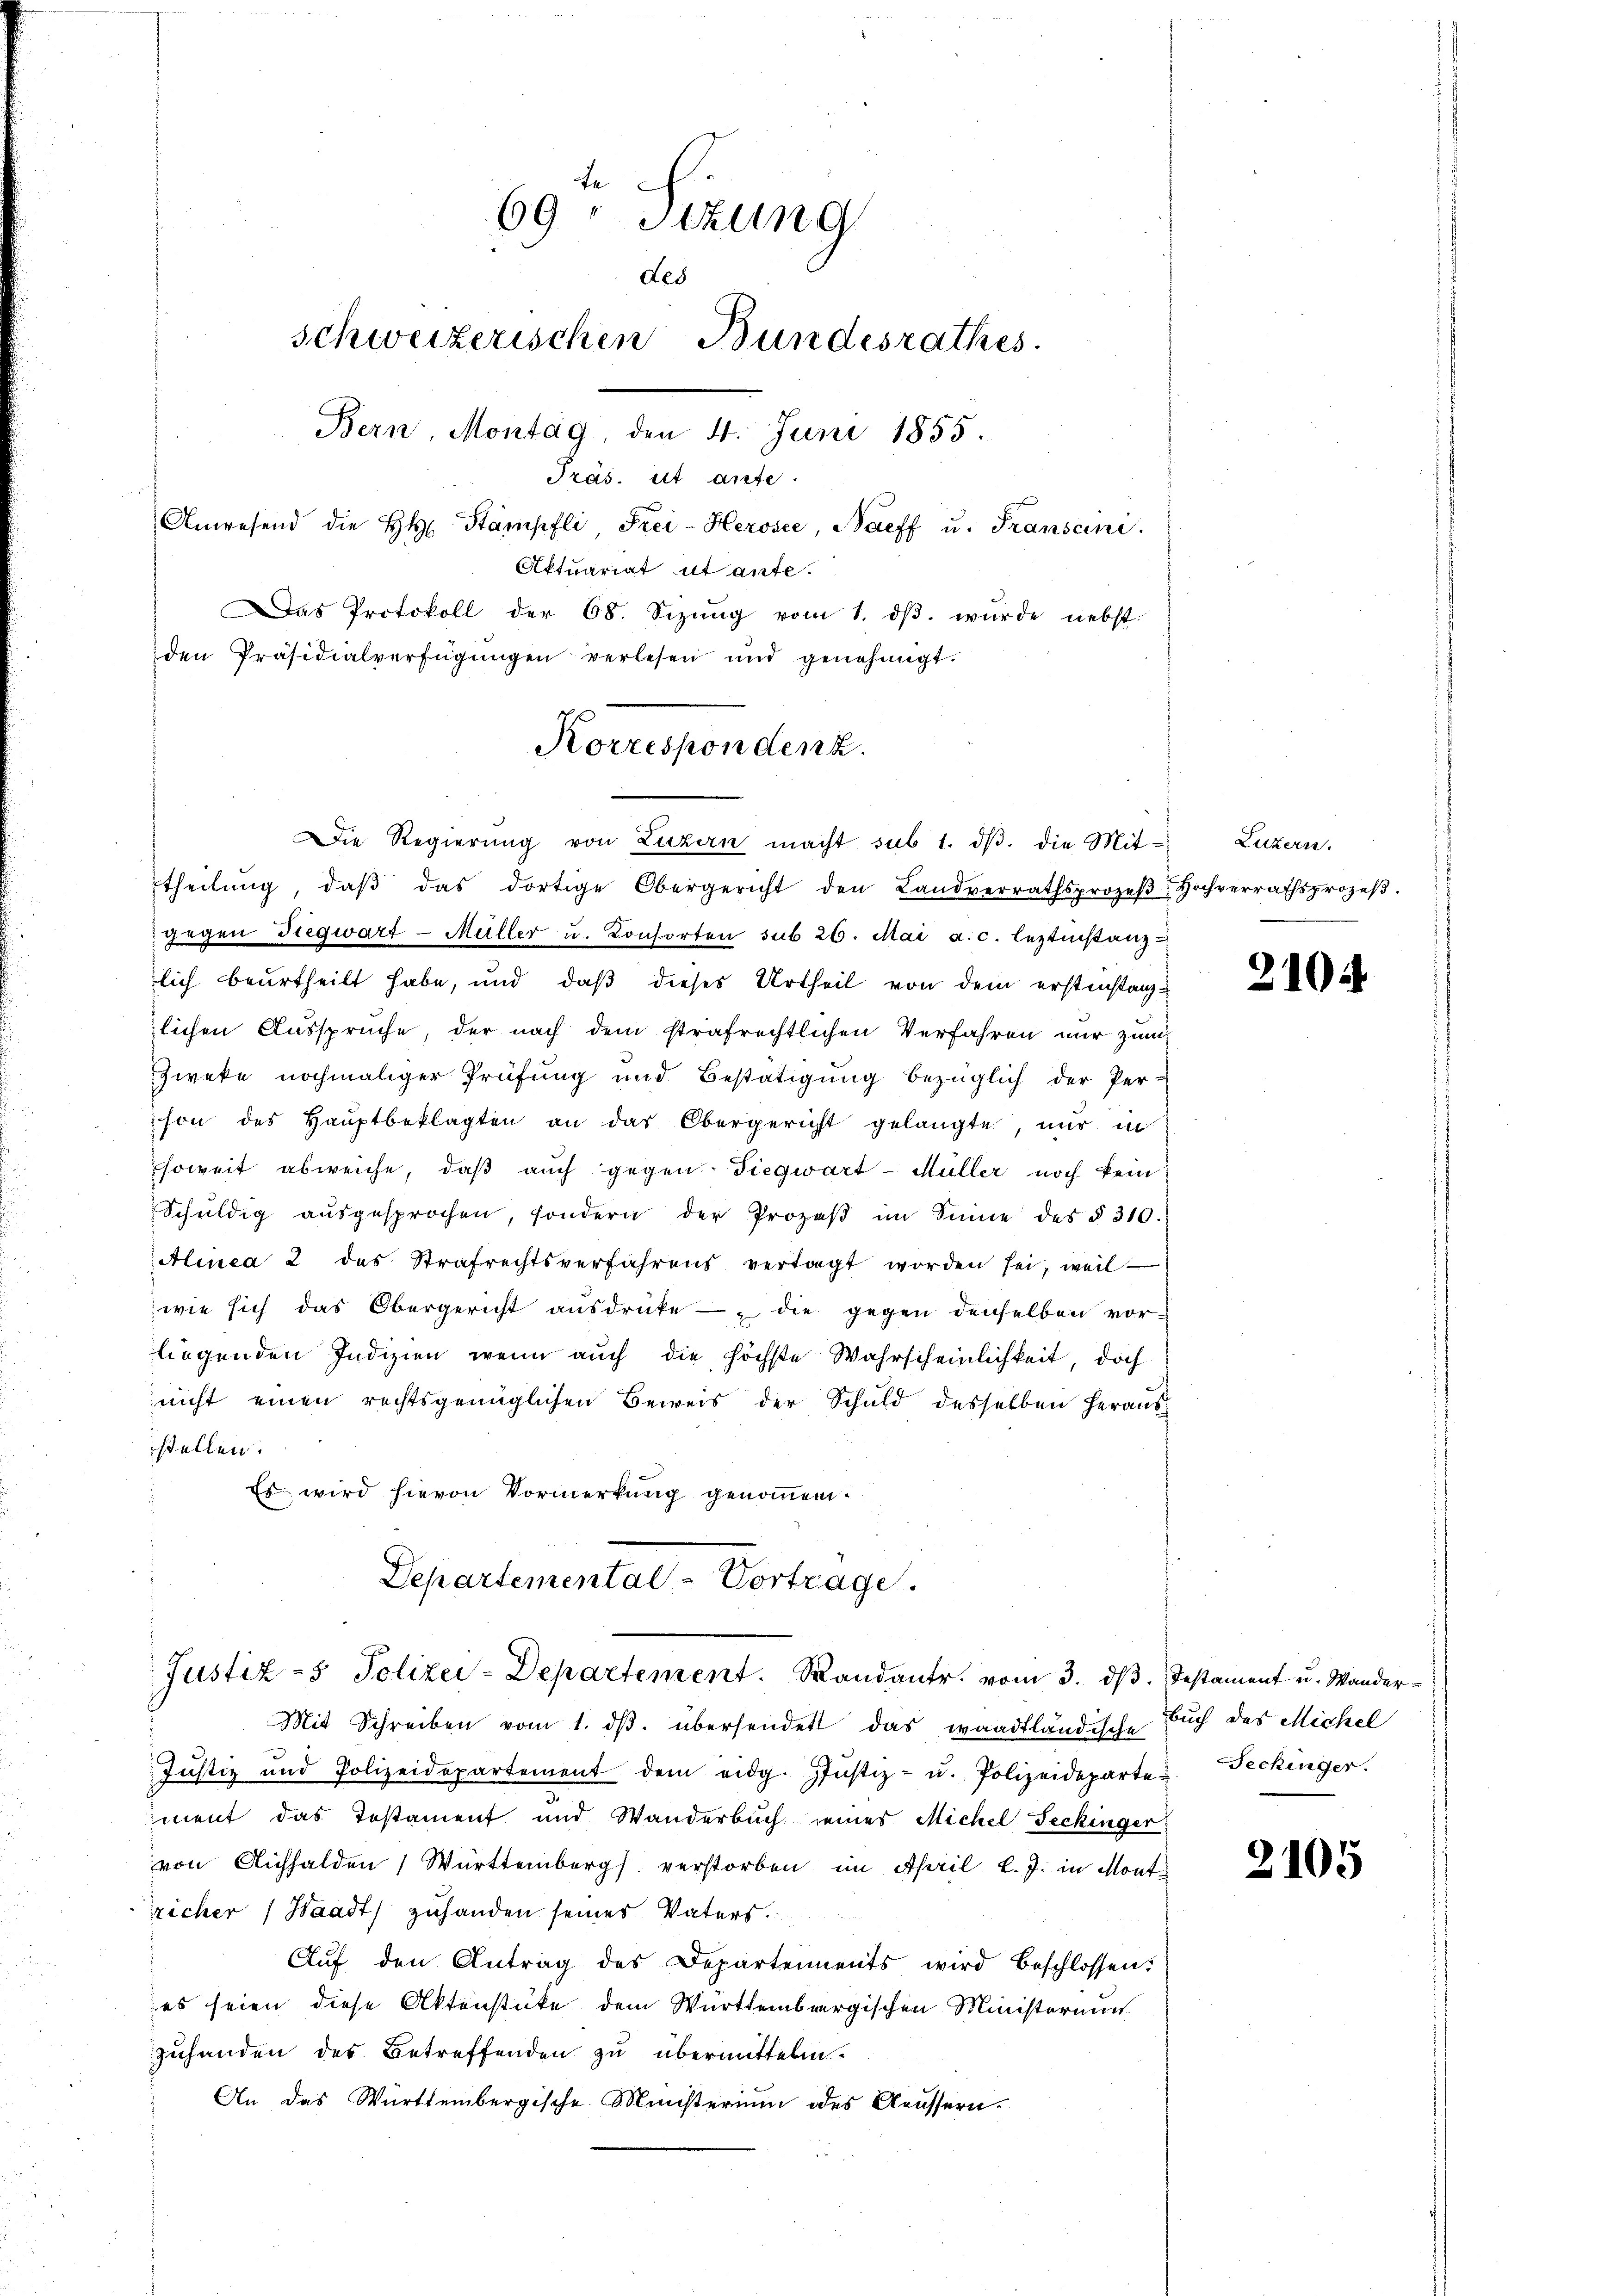
Die Regierŭng von Luzern macht sub 1. dβ. die Mit-
theilŭng, daβ das dortige Obergericht den Landverrathsprozeβ-Hochverrathsprozeβ-
gegen Siegwart-Müller u. Konsorten sub 26. Mai a. c. leztinstanz
lich beurtheilt habe, und daß dieses Urtheil von dem erstinstanzlichen Ausspruche, der nach dem strafrechtlichen Verfahren nur zum
Zweke nochmaliger Prüfung und Bestätigung bezüglich der Per-
son des Haŭptbeklagten an das Obergericht gelangte, nur in
soweit abweiche, daß auch gegen Siegwart-Müller noch kein
Schŭldig aŭsgesprochen, sondern der Prozeβ im Sinne des § 310.
Alinea 2 des Strafrechtsverfahrens vertagt worden sei, weil
wie sich das Obergericht aŭsdrücke die gegen denselben vorliegenden Indizien, wenn auch die höchste Wahrscheinlichkeit, doch
nicht einen rechtsgenüglichen Beweis der Schuld desselben heraus-
stellen.
Es wird hievon Vormerkung genommen.
Departemental-Vortrage.

te
69 t Setzung
des
Schweizerischen Bundesrathes.
Bern, Montag, den 4. Juni 1855.
Präs. ist aufe.
Anwesend die h. Stampfli, Frei-Herosee, Baeff u. Transani
Aktuariat ut ante.
as Protokoll der 68. Sizung vom 1. dβ. wurde nebst
den Präsidialverfügungen verlesen und genehmigt.

Korrespondenz.

Justiz- & Polizei-Departement. Mandante vom 3. dß. Testament u. Wander¬

Mit Schreiben vom 1. ds. übersendet das waadtländische Buch des Michel
Justiz und Polizeidepartement dem eidg. Jŭstiz- u. Polizeideparte Techinger.
ment das Testament und Wanderbuch seines Michel Seckinger
von Aichhalden Württemberg verstorben im April l. J. in Mont
richer (Waadt) zuhanden seines Vaters.
Aŭf den Antrag des Departements wird beschlossen:
es seien diese Aktenstüke dem Württembergischen Ministerium
zuhanden des Betreffenden zu übermitteln.
An das Württembergische Ministerium des Aeussern.

Luzern.

2104.

2105